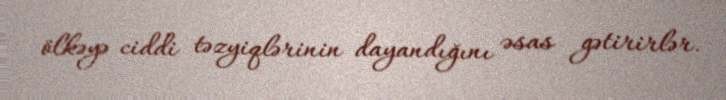
ölkəyə ciddi təzyiqlərinin dayandığını əsas gətirirlər.